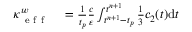
\begin{array} { r l } { \kappa _ { \mathrm { ~ e ~ f ~ f ~ } } ^ { w } } & { { } = \frac { 1 } { t _ { p } } \frac { c } { \varepsilon } \int _ { t ^ { n + 1 } - t _ { p } } ^ { t ^ { n + 1 } } \frac { 1 } { 3 } c _ { 2 } ( t ) \mathrm { d } t } \end{array}